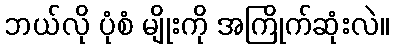
ဘယ်လို ပုံစံ မျိုးကို အကြိုက်ဆုံးလဲ။